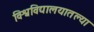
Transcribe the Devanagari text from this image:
विश्वविद्यालयातल्या